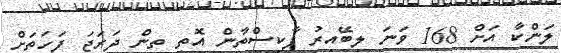
ލަންކާ އަށް 168 ވަނަ ލިބޭއިރު ޕާކިސްތާން އޮތީ ތިން ދަރަޖަ ފަހަތަށް